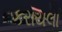
કરાયલા